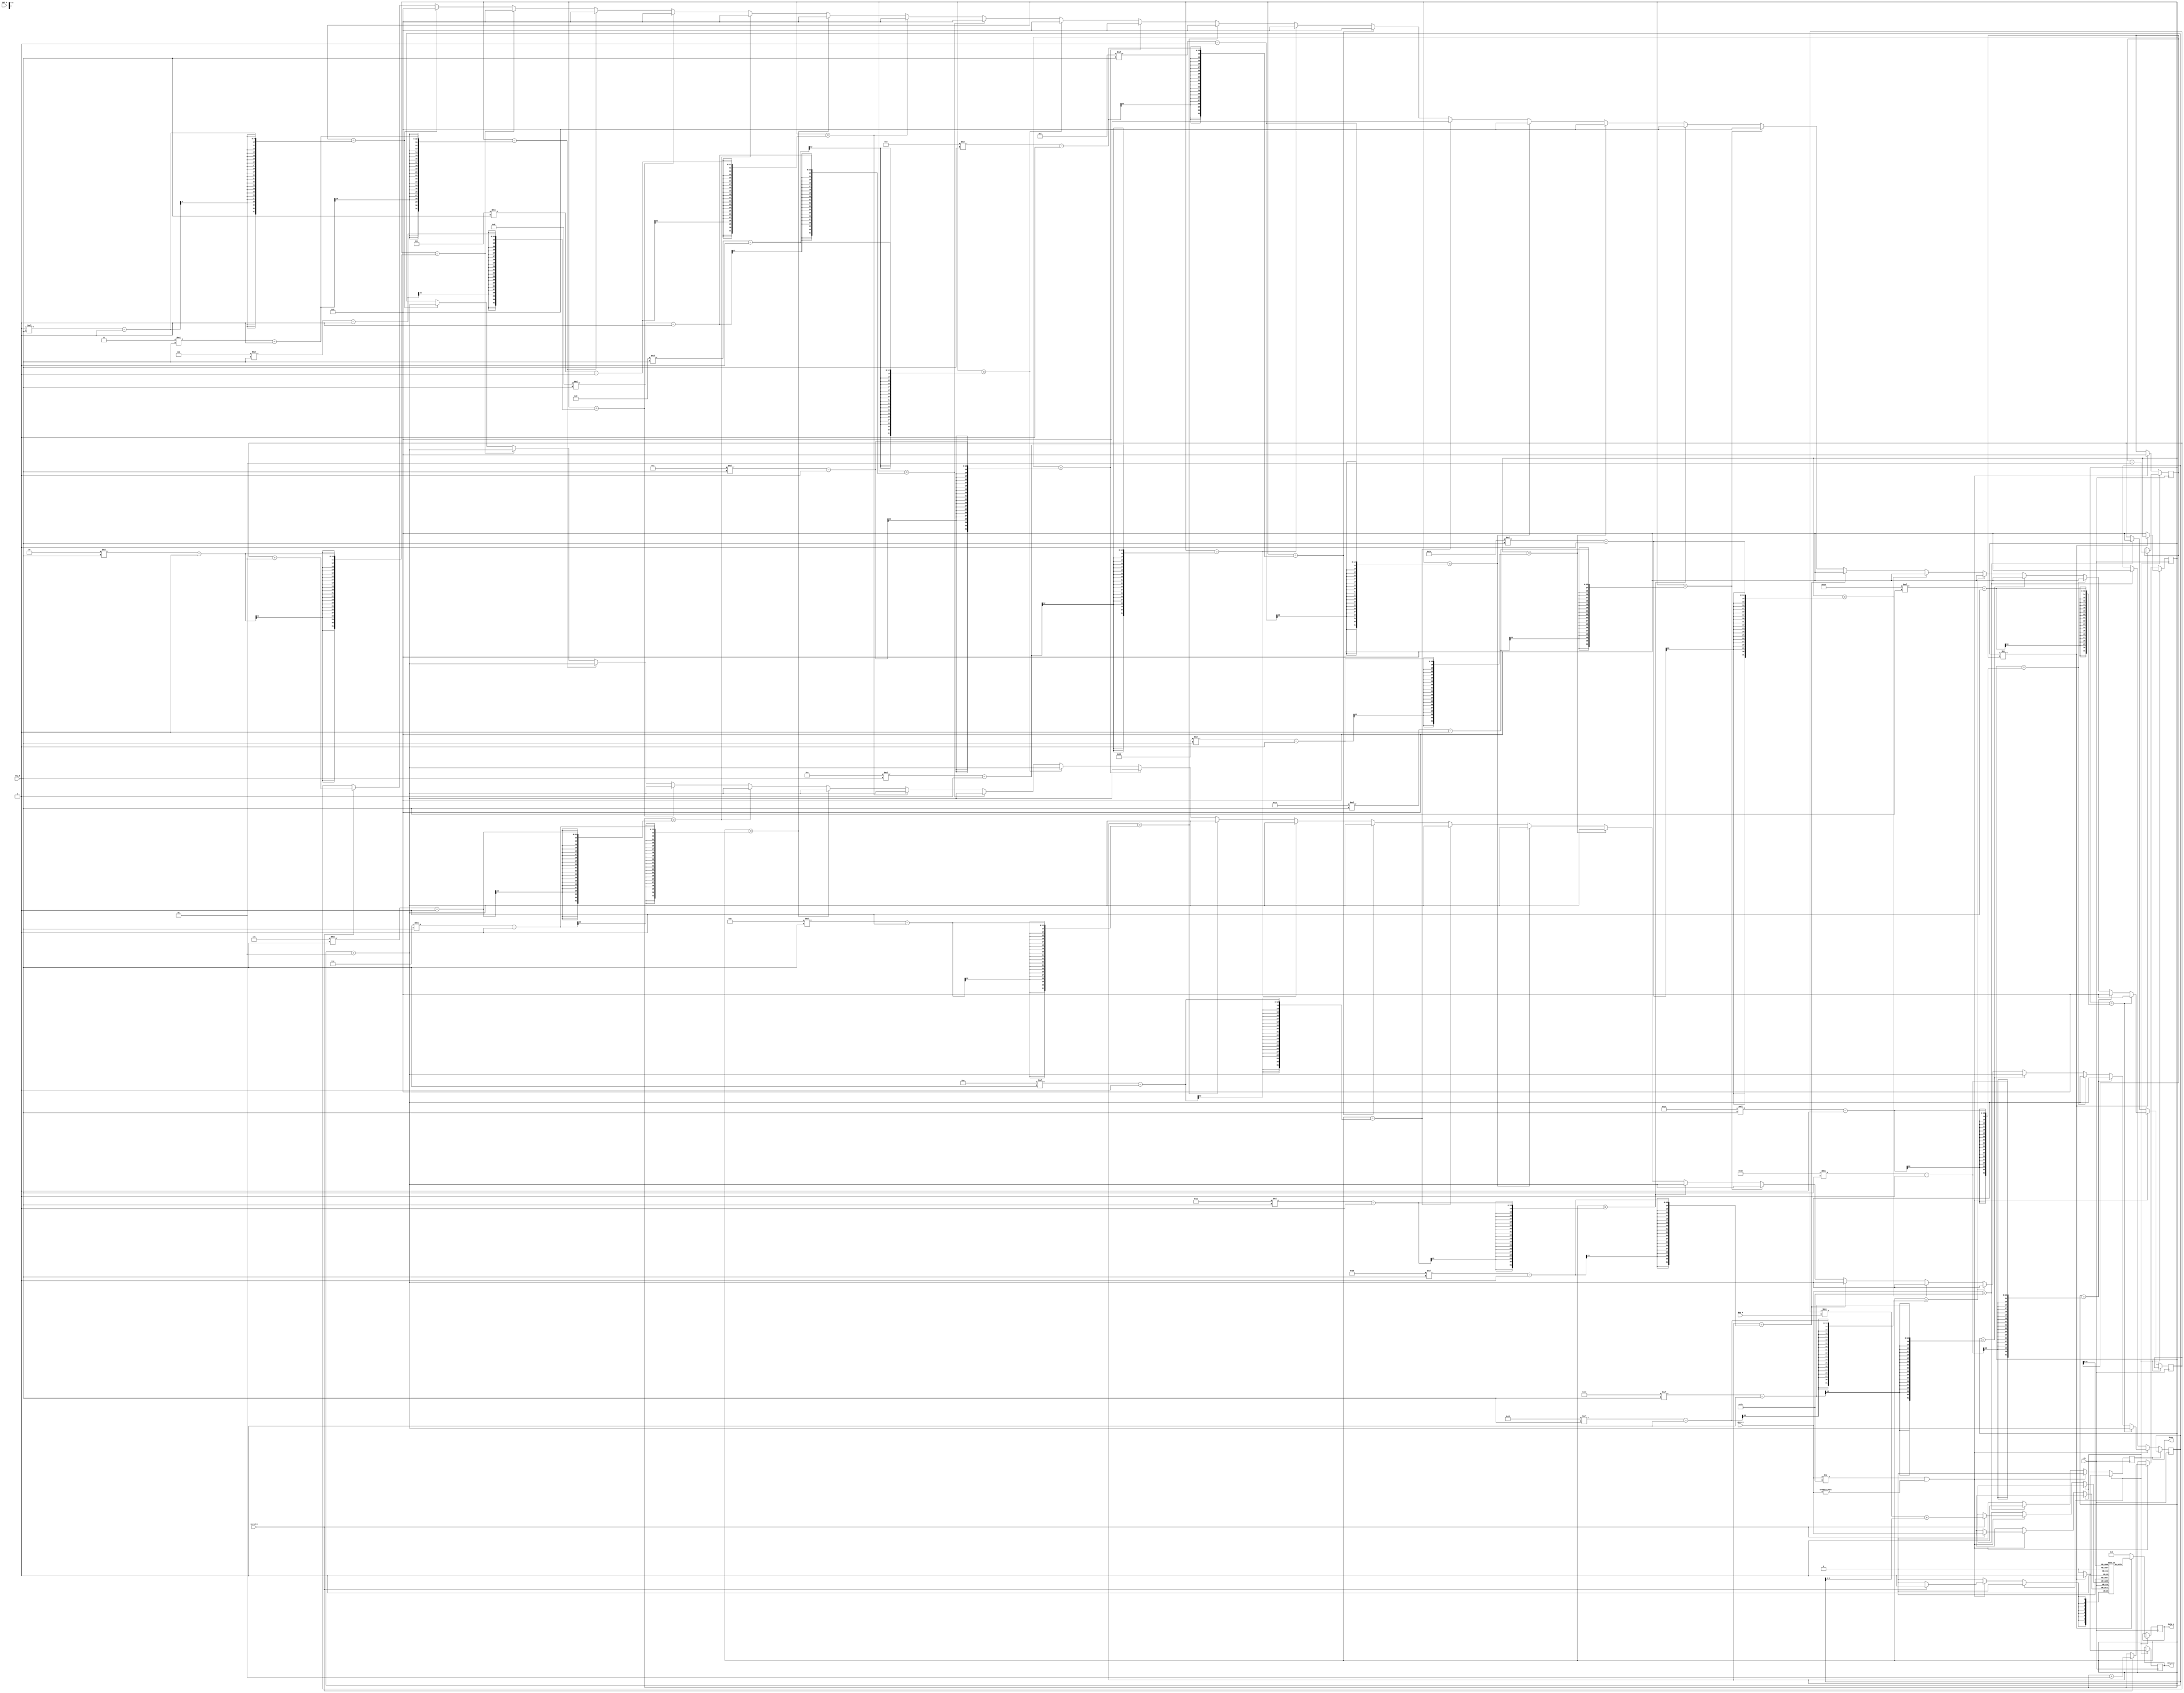
`timescale 1ns / 1ps
//////////////////////////////////////////////////////////////////////////////////
// Company: 
// Engineer: 
// 
// Design Name: 
// Module Name:    scytale_decryption 
// Project Name: 
// Target Devices: 
// Tool versions: 
// Description: 
//
// Dependencies: 
//
// Revision: 
// Revision 0.01 - File Created
// Additional Comments: 
//
//////////////////////////////////////////////////////////////////////////////////
module scytale_decryption#(
			parameter D_WIDTH = 8, 
			parameter KEY_WIDTH = 8, 
			parameter MAX_NOF_CHARS = 50,
			parameter START_DECRYPTION_TOKEN = 8'hFA
		)(
			// Clock and reset interface
			input clk,
			input rst_n,
			
			// Input interface
			input[D_WIDTH - 1:0] data_i,
			input valid_i,
			
			// Decryption Key
			input[KEY_WIDTH - 1 : 0] key_N,
			input[KEY_WIDTH - 1 : 0] key_M,
			
			// Output interface
			output reg[D_WIDTH - 1:0] data_o,
			output reg valid_o,
			
			output reg busy
    );

// TODO: Implement Scytale Decryption here
/* Exemplu pentru key_N = 4 si key_M = 4

	-------------------------
	|  A  |  N  |  A  |  A  |
	-------------------------
	|  R  |  E  |  M  |  E  |
	-------------------------
	|  R  |  E  |  S  |  I  |
	-------------------------
	|  P  |  E  |  R  |  E  |
	-------------------------
 
 si inputul ARRP | NEEE | AMSR | AEIE 
 
	Cu ajutorul variabilelor i si j mi-am construit in text inputul deja decriptat folosind formula i*M+j astfel, pana cand 
		introducem N numar de caractere le vom pune la poziile 0,1*M,2*M...., dupa care vom mari j , urmatoarele N numar
		de caractere le vom pune pe pozitiile 1,1*M+1,2*M+1... si asa mai departe pana cand terminam de citit caractere rezultand
		in text sirul de caractere decriptat
		
		text se va decripta astfel pentru ex:
		
		0  0  0  0  0  0  0  0  0  0   0   0   0   0   0   0   
		0  1  2  3  4  5  6  7  8  9  10  11  12  13  14  15
		
		- vom pune primele N(4) caractere pe pozitiile M*0(0),M*1(4),M*2(8),M*3(12)
		
		A  0  0  0  R  0  0  0  R  0   0   0   P   0   0   0   
		0  1  2  3  4  5  6  7  8  9  10  11  12  13  14  15
		
		-dupa care vom mari j cu 1 si vom pune urmatoarele N(4) caractere pe pozitiile 1,5,9,13
		
		A  N  0  0  R  E  0  0  R  E   0   0   P   E   0   0   
		0  1  2  3  4  5  6  7  8  9  10  11  12  13  14  15
		
		-dupa care vom mari j cu 1 si vom pune urmatoarele N(4) caractere pe pozitiile 2,6,10,14
		
		A  N  A  0  R  E  M  0  R  E   S   0   P   E   R   0   
		0  1  2  3  4  5  6  7  8  9  10  11  12  13  14  15
		
		-dupa care vom mari j cu 1 si vom pune urmatoarele N(4) caractere pe pozitiile 3,7,11,15
		
		A  N  A  A  R  E  M  E  R  E   S   I   P   E   R   E   
		0  1  2  3  4  5  6  7  8  9  10  11  12  13  14  15
		
		-dupa care vom ramane fara caractere si vom fi terminat de citit
*/

integer i=0;
integer j=0;

integer k=0;
//nr_elements este  variabila folosita pentru pastrarea numarului de elemente din sir
integer nr_elements = 0;
//read_elements e o variabila cu care parcurgem la citire textul decriptat
integer read_elements = 0;

reg [D_WIDTH-1: 0] text [MAX_NOF_CHARS - 1 : 0];


always @(posedge clk) begin

	//cand busy e 0 , valid_i e 1 si data_i contine caractere vom citi caracterele si ne vom crea textul decriptat folosind
	//algoritmul de mai devreme, cu i pargurgand liniile si j coloanele
	if(!busy) begin
	
		if(data_i != START_DECRYPTION_TOKEN && data_i != 0) begin
	
			//read_elements este initializat cu 0 pentru ca la citire sa fie 0
			read_elements <= 0;
			
			if(valid_i) begin
				text[ i * key_M + j ] <= data_i;
				nr_elements <= nr_elements + 1;
				i <= i + 1;
			
			end
			//folosind acest for verificam daca cumva am ajuns la un capat de coloana sa marim j si sa ii redam lui i 0
			//in cazul in care sunt 50 de caractere si N e 2 vom avea 25 de coloare
			for(k = 1 ; k <= 25 ; k = k+1) begin
				if(nr_elements == k*key_N-1) begin
					j <= j + 1 ;
					i <= 0;
				end
			end  
		//cand data_i e 0xFA busy devine 1 si se reinitializeaza i si j
		end else if(data_i == START_DECRYPTION_TOKEN) begin
			busy <= 1;
			i <= 0;
			j <= 0;
		end 
	
	//cand busy e 1 vom incepe citirea , read_elements fiind initializat mai devreme ca incepe cu 0
	//si va creste progresiv
	end else if (busy) begin
		if(nr_elements != read_elements) begin
		
			valid_o <= 1;
			data_o <= text[read_elements];
			read_elements <= read_elements + 1;
			
		end else begin //cand numarul de elemente afisare va ajunge la fel de mare cu numarul de elemente citite in nr_elements 
							//inseamna ca am terminat de afisat tot sirul si ar trebui sa dam valorile corespunzatoare semnalelor de out
			nr_elements <= 0;
			busy <= 0;
			valid_o <= 0;
			data_o <= 0;
			
		end
				
	end else begin //ramura de inceput cand busy e nedefinit , initializarea outputurilor
		busy <= 0;
		valid_o <= 0;
		data_o <= 0;
	end
	
end 

endmodule